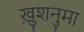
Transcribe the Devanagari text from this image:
ख़ुशनुमा